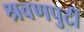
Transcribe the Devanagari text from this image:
श्रवणपुटीं